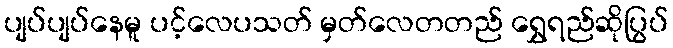
ပျပ်ပျပ်နေမူ ပင့်လေပသတ် မှတ်လေတတည် ရွှေရည်ဆိုပြွပ်